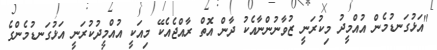
"އަޅުގަނޑުމެން އުއްމީދު މިކުރަނީ ޒުވާނުންނާއެކު ދާން އޮތް ރާއްޖެއެކޭ މިއަކީ އުއްމީދުކުރަނީ އަޅުގަނޑުމެންގެ